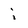
Character: i